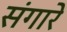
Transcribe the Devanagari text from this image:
संगारे